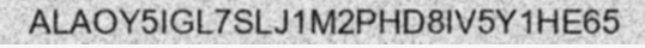
ALAOY5IGL7SLJ1M2PHD8IV5Y1HE65